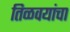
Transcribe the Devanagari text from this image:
तिळवयांचा